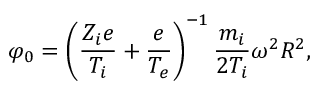
\varphi _ { 0 } = \left( \frac { Z _ { i } e } { T _ { i } } + \frac { e } { T _ { e } } \right) ^ { - 1 } \frac { m _ { i } } { 2 T _ { i } } \omega ^ { 2 } R ^ { 2 } ,